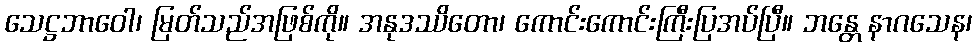
သေဋ္ဌဘာဝေါ၊ မြတ်သည်အဖြစ်ကို။ အနုဒဿိတော၊ ကောင်းကောင်းကြီးပြအပ်ပြီ။ ဘန္တေ နာဂသေန၊